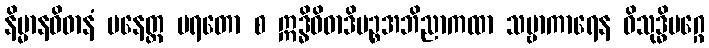
နိမ္မာနဝိဓာနံ ပနေတ္ထ ပရတော စ ဣဒ္ဓိဝိဓာဒိပဉ္စအဘိညာကထာ သဗ္ဗာကာရေန ဝိသုဒ္ဓိမဂ္ဂေ